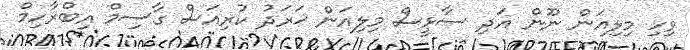
ވިހި މިލިއަން ނޫން އަދި ސާޅީސް މިލިއަން ޚަރަދު ކުރިއަސް ގާސިމް އިބްރާހިމް